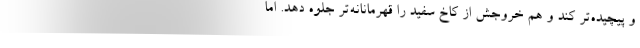
و پیچیده‌تر کند و هم خروجش از کاخ سفید را قهرمانانه‌تر جلوه دهد. اما